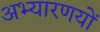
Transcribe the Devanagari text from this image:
अभ्यारणयों